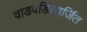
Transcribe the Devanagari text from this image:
वाडवडिलार्जित